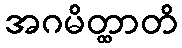
အဂမိတ္ထာတိ